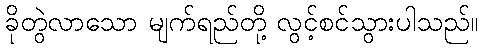
ခိုတွဲလာသော မျက်ရည်တို့ လွင့်စင်သွားပါသည်။